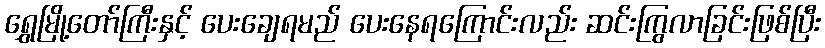
ရွှေမြို့တော်ကြီးနှင့် ပေးချေရမည် ပေးနေရကြောင်းလည်း ဆင်းကြွလာခြင်းဖြစ်ပြီး